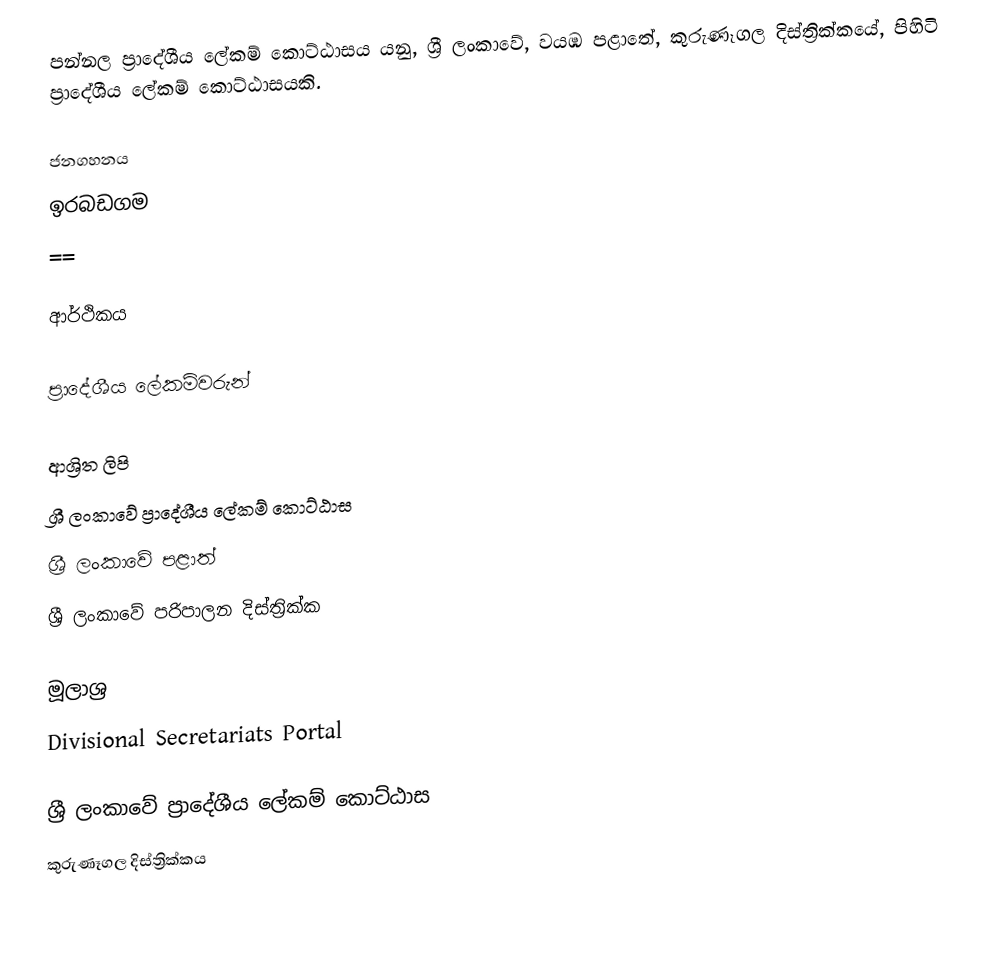
පන්නල ප්‍රාදේශීය ලේකම් කොට්ඨාසය යනු,  ශ්‍රී ලංකාවේ, වයඹ පළාතේ,   කුරුණෑගල දිස්ත්‍රික්කයේ, පිහිටි ප්‍රාදේශීය ලේකම් කොට්ඨාසයකි.

ජනගහනය
⁣ඉරබඩගම
 ==

ආර්ථිකය

ප්‍රාදේශීය ලේකම්වරුන්

ආශ්‍රිත ලිපි
ශ්‍රී ලංකාවේ ප්‍රාදේශීය ලේකම් කොට්ඨාස
ශ්‍රී ලංකාවේ පළාත්
ශ්‍රී ලංකාවේ පරිපාලන දිස්ත්‍රික්ක

මූලාශ්‍ර
 Divisional Secretariats Portal

ශ්‍රී ලංකාවේ ප්‍රාදේශීය ලේකම් කොට්ඨාස
කුරුණෑගල දිස්ත්‍රික්කය